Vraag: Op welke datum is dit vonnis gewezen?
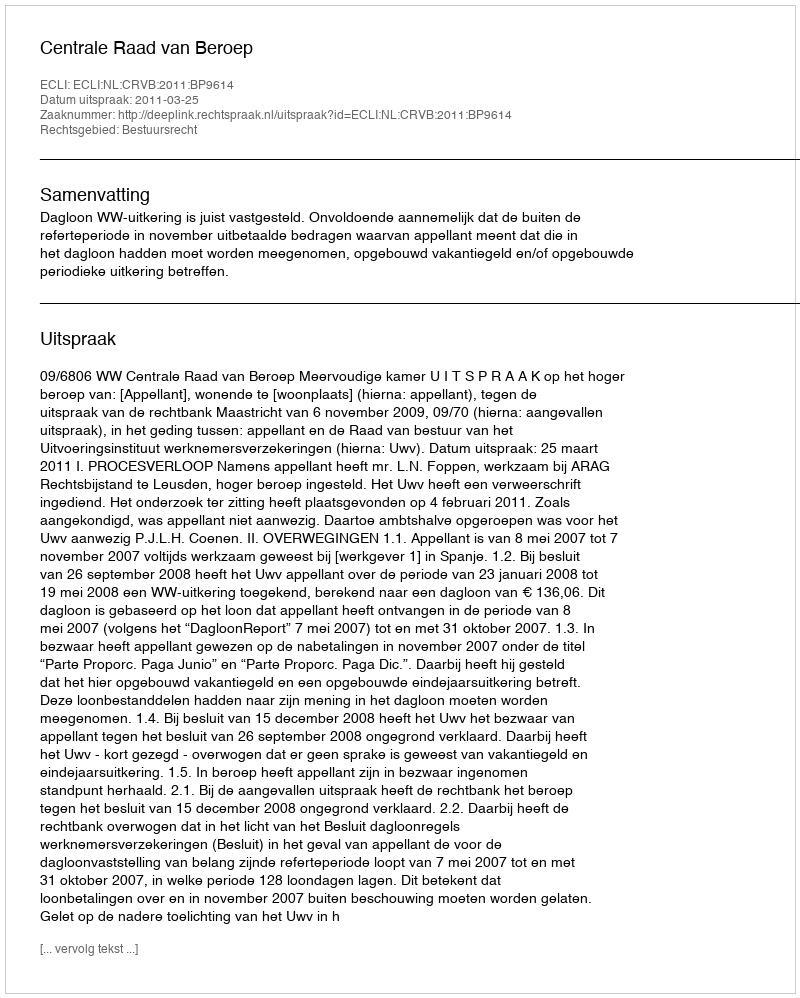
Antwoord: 2011-03-25